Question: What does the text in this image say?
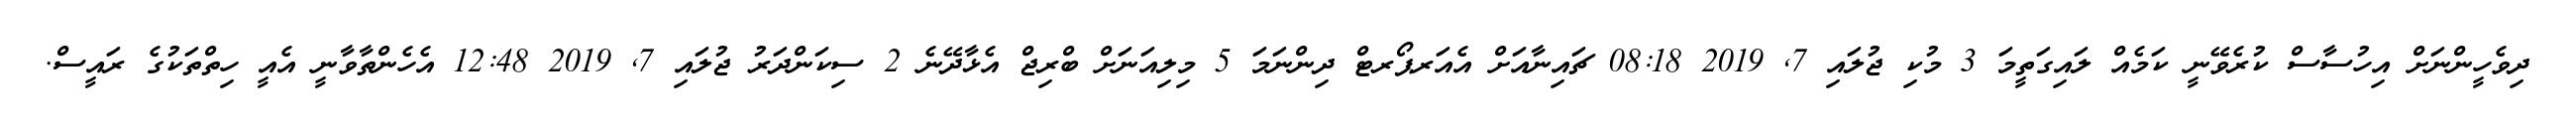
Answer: ދިވެހީންނަށް އިހުސާސް ކުރެވޭނީ ކަމެއް ލައިގަތީމަ 3 މުކި ޖުލައި 7, 2019 08:18 ޗައިނާއަށް އެއަރޕޯރޓް ދިންނަމަ 5 މިލިއަނަށް ބްރިޖް އެޅާދޭނެ 2 ސިކަންދަރު ޖުލައި 7, 2019 12:48 އެހެންތާވާނީ އެއީ ހިތްތަކުގެ ރައީސް.